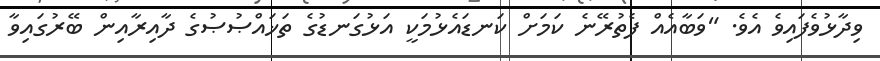
ވިދާޅުވެފައިވެ އެވެ. "ވަބާއެއް ފެތުރޭނެ ކަމަށް ކަނޑައެޅުމަކީ އަޅުގަނޑުގެ ތަޚައްޞުޞުގެ ދާއިރާއިން ބޭރުގައިވާ